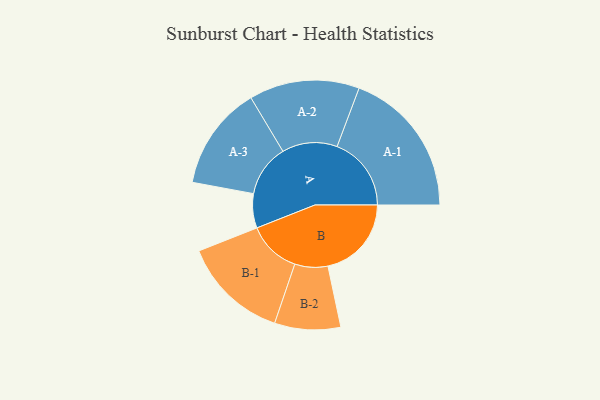
{"axis": {"x": "Segment", "y": "Value"}, "legend": ["", "A", "B"], "data": [{"x": "A", "y": 133, "type": ""}, {"x": "B", "y": 324, "type": ""}, {"x": "A-1", "y": 288, "type": "A"}, {"x": "A-2", "y": 214, "type": "A"}, {"x": "A-3", "y": 202, "type": "A"}, {"x": "B-1", "y": 206, "type": "B"}, {"x": "B-2", "y": 128, "type": "B"}]}